Indian Medical Review
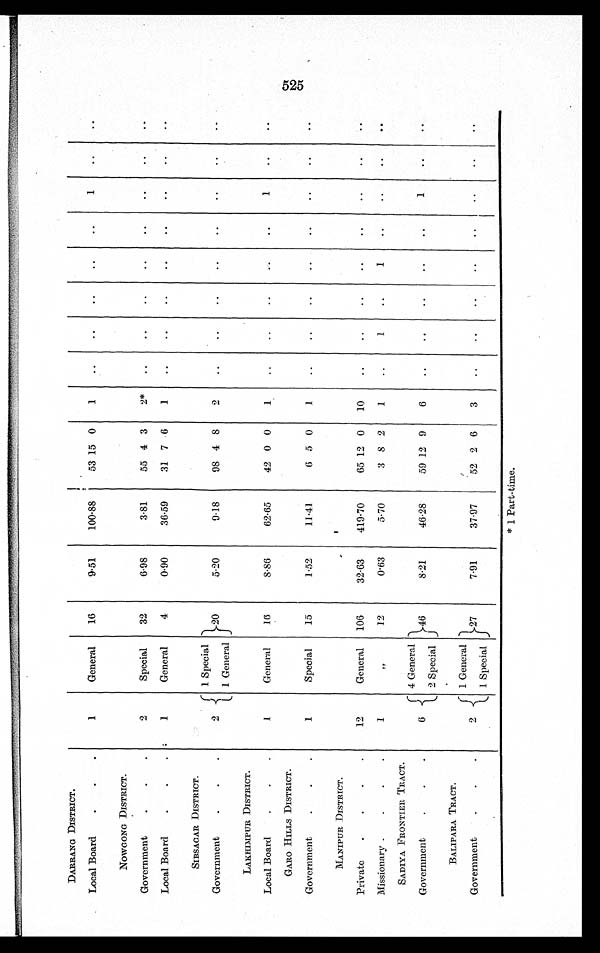
DARRANG DISTRICT.
1
General
16
9.51
100.88
53 15 0
1
..
..
..
..
..
1
..
..
Local Board
.
. .
NOWGONG DISTRICT.
2
Special
32
6.98
3.81
55 4 3
2*
..
. .
. .
..
. .
. .
. .
..
Government
.
. .
Local Board
.
.
.
1
General
4
0.90
36.59
31 7 6
1
. .
..
..
..
..
..
..
..
SIBSAGAR DISTRICT.
2
1 Special
20
5.20
9.18
98 4 8
2
..
..
..
..
..
..
..
..
Government
.
.
.
1 General
LAKHIMPUR DISTRICT.
Local Board
.
.
.
1
General
16
8.86
62.65
42 0 0
1
..
..
..
..
..
1
..
..
GARO HILLS DISTRICT.
Government
.
.
.
1
Special
15
1.52
11.41
6 5 0
1
..
..
..
..
..
..
..
..
MANIPUR DISTRICT.
Private
.
.
.
.
12
General
106
32.63
419.70
65 12 0
10
..
. .
. .
. .
..
..
..
..
Missionary .
.
.
.
1
,,
12
0.63
5.70
3 8 2
1
. .
1
..
1
..
. .
. .
. .
SADIYA FRONTIER TRACT.
6
4 General
46
8.21
46.28
59 12 9
6
..
..
..
..
..
1
..
..
Government
.
.
.
2 Special
BALIPARA TRACT.
2
1 General
27
7.91
37.97
52 2 6
3
..
..
..
..
..
..
..
..
Government
.
.
.
1 Special
* 1 Part-time.